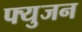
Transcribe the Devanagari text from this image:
फ्युजन